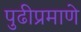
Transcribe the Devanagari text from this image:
पुढीप्रमाणे